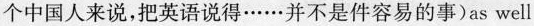
个中国人来说,把英语说得……并不是件容易的事)as well